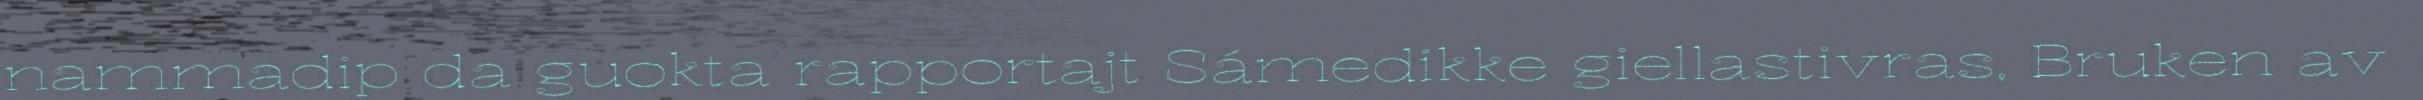
nammadip da guokta rapportajt Sámedikke giellastivras, Bruken av